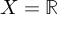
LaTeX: X = \mathbb { R }